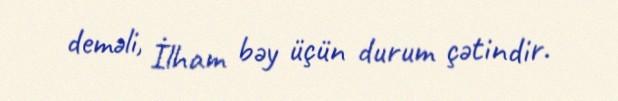
deməli, İlham bəy üçün durum çətindir.